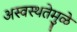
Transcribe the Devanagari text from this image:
अस्वस्थतेमुळे